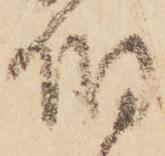
伯